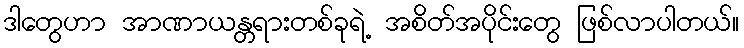
ဒါတွေဟာ အာဏာယန္တရားတစ်ခုရဲ့ အစိတ်အပိုင်းတွေ ဖြစ်လာပါတယ်။